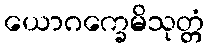
ယောဂက္ခေမိသုတ္တံ